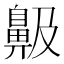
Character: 䶋